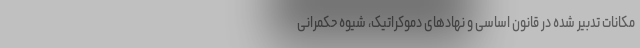
مکانات تدبیر شده در قانون اساسی و نهادهای دموکراتیک، شیوه حکمرانی